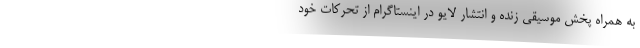
به همراه پخش موسیقی زنده و انتشار لایو در اینستاگرام از تحرکات خود